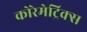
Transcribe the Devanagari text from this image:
कोरेमेट्रिक्स